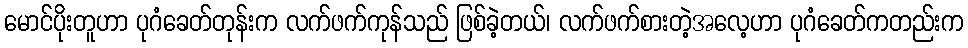
မောင်ပိုးတူဟာ ပုဂံခေတ်တုန်းက လက်ဖက်ကုန်သည် ဖြစ်ခဲ့တယ်၊ လက်ဖက်စားတဲ့အလေ့ဟာ ပုဂံခေတ်ကတည်းက